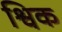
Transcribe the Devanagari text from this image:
श्विक